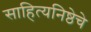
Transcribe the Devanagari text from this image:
साहित्यनिष्ठेचे